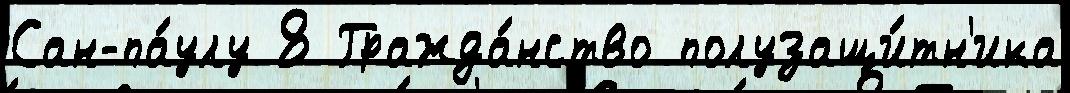
Сан-па́улу 8 Гражда́нство полузащи́тн'ика